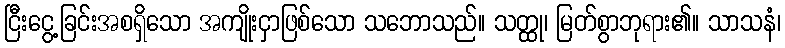
ငြီးငွေ့ခြင်းအစရှိသော အကျိုးငှာဖြစ်သော သဘောသည်။ သတ္ထု၊ မြတ်စွာဘုရား၏။ သာသနံ၊